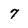
Character: 7